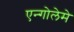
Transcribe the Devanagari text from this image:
एन्गोलेमे